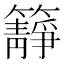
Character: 𥶹